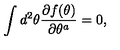
\int d ^ { 2 } \theta \frac { \partial f ( \theta ) } { \partial \theta ^ { a } } = 0 ,